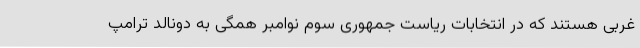
غربی هستند که در انتخابات ریاست جمهوری سوم نوامبر همگی به دونالد ترامپ